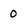
Character: 0